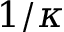
1 / \kappa